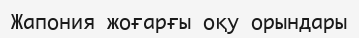
Жапония жоғарғы оқу орындары